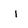
Character: i